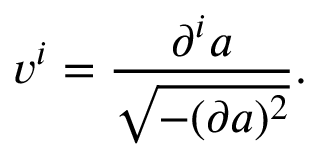
v ^ { i } = \frac { \partial ^ { i } a } { \sqrt { - ( \partial a ) ^ { 2 } } } .